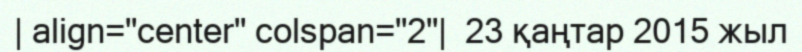
| align="center" colspan="2"|  23 қаңтар 2015 жыл